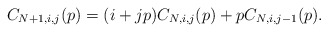
\begin{align*}C_{N+1,i,j}(p) = (i+jp)C_{N,i,j}(p)+pC_{N,i,j-1}(p).\end{align*}